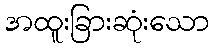
အထူးခြားဆုံးသော